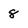
Character: 8